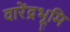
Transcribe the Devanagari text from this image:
वारेंद्रभूमि